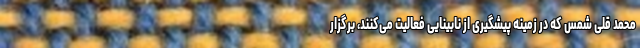
محمد قلی شمس که در زمینه پیشگیری از نابینایی فعالیت می‌کنند، برگزار